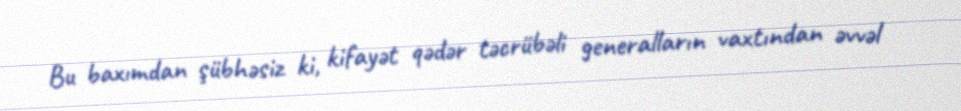
Bu baxımdan şübhəsiz ki, kifayət qədər təcrübəli generalların vaxtından əvvəl